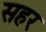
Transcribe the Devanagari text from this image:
सहर